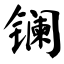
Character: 镧